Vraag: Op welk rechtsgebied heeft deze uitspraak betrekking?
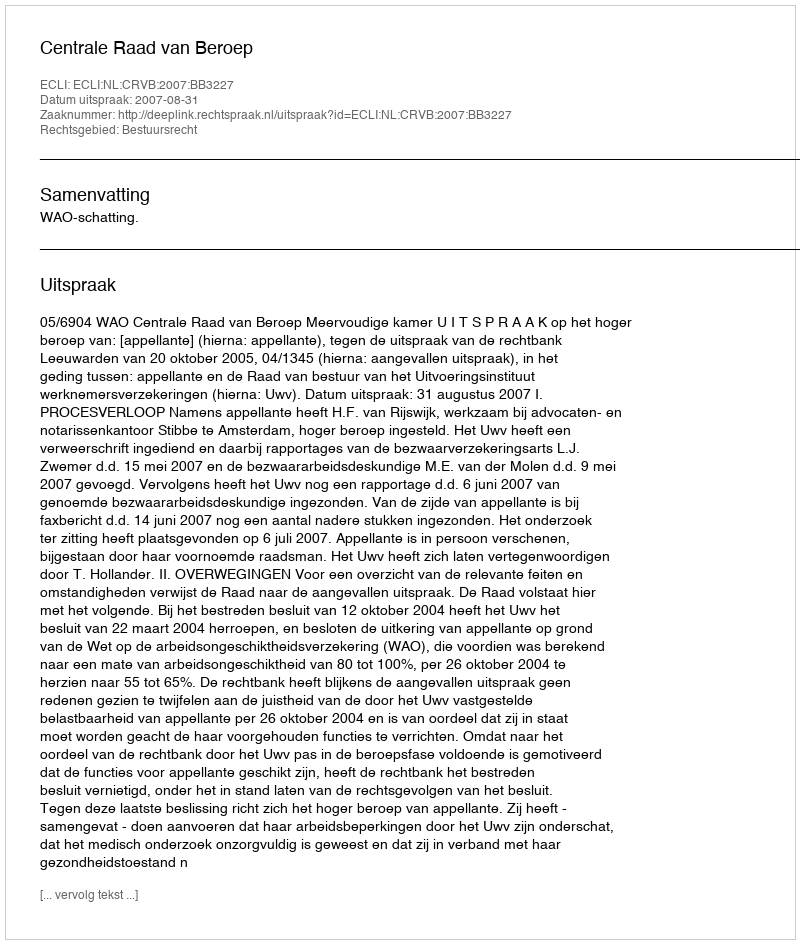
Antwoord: Bestuursrecht